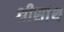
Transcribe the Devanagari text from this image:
श्रीसांथ